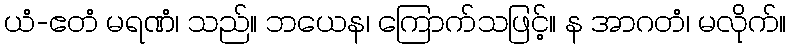
ယံ-ဧတံ မရဏံ၊ သည်။ ဘယေန၊ ကြောက်သဖြင့်။ န အာဂတံ၊ မလိုက်။